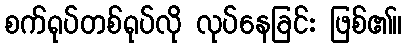
စက်ရုပ်တစ်ရုပ်လို လုပ်နေခြင်း ဖြစ်၏။